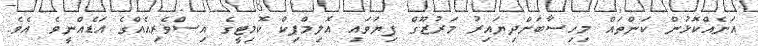
އަނެއްކޮޅުން ކަންތައް މިހިސާބަށްދިޔައިރު މަރުޒޫގް ފިޔަވައި އޮލިމްޕިކް ކޮމިޓީގެ އިސްވެރިއެއްގެ އަޑެއްނީވެ އެވެ.